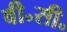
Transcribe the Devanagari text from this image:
वी॰सी॰